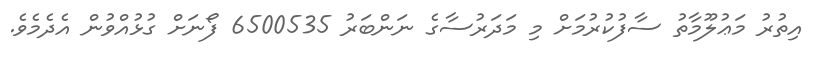
އިތުރު މަޢުލޫމާތު ސާފުކުރުމަށް މި މަދަރުސާގެ ނަންބަރު 6500535 ފޯނަށް ގުޅުއްވުން އެދެމެވެ.